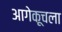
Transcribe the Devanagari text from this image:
आगेकूचला